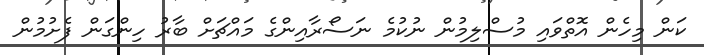
ކަން މިހެން އޮތްވައި މުސްލިމުން ނުކުމެ ނަސޯރާއިންގެ މައްޗަށް ބާރު ހިންގަން ފެށުމުން